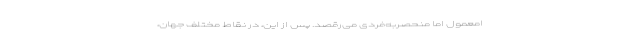
امعمول اما منحصر‌به‌فردی می‌رقصد. پس از این، در نقاط مختلف جهان،